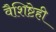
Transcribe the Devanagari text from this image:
वैशिष्टेही